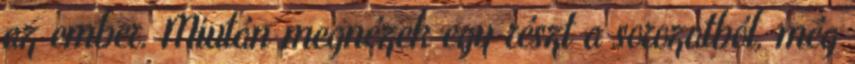
az ember. Miután megnézek egy részt a sorozatból, még